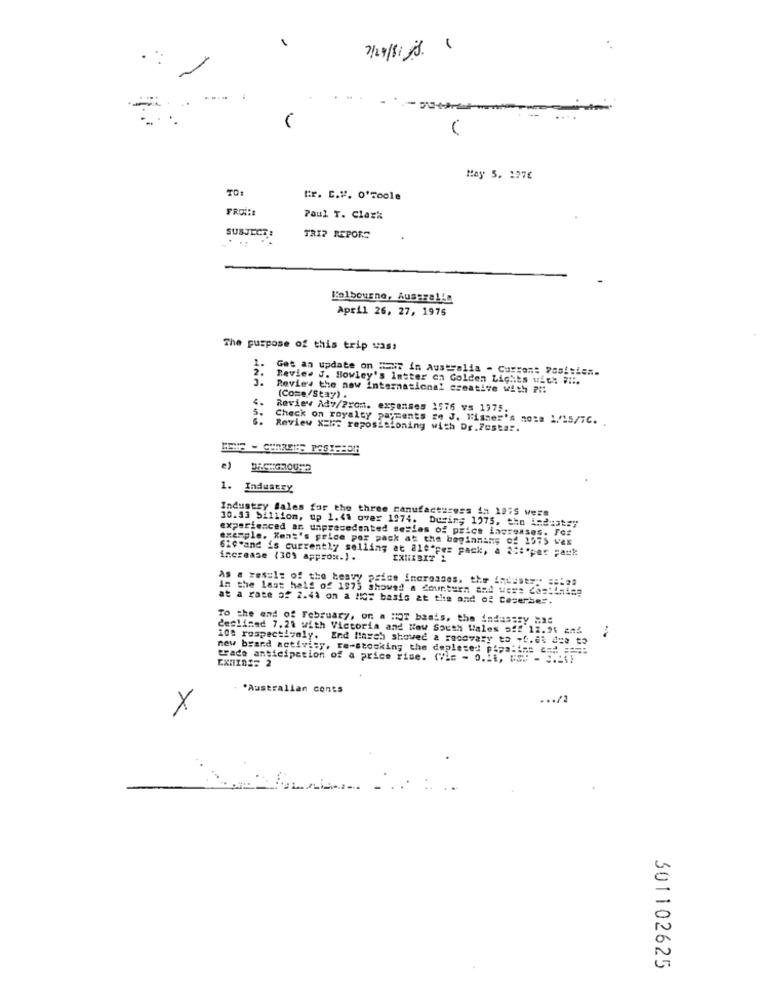
1
May 5. 1976
tr. C.V. O'coole
Paul T. Clark
SUBJECT:
TRI? REPORT
Folbourne, Ausera1-
April 26, 27, 1975
The purpose of this trip was:
Got an update on Mawr in Australia - Current Position.
Revie. J. Howley's Intter on Golden Lights with # !!.
Review the new international creative with ?!!
(Come/Stay) .
Review Ad7/Prom. expenses 1576 vs 1975.
Check on royalty payments to J. Fisner's nosa 1/15/7C.
Review XEIS repositioning with Dr.Zostar.
e)
1. Industry
Industry Sales for the three manufacturess 4; 1275 vers
30.33 billion, up 1.4. over 1974. During 1275, the industry
experienced an unprecedented series of prics increases. For
exemple. Kens's price por pack at the beginning of 1575 ves
620-and is currently selling at ale"pez pack, a 20:'per park
increase (30) approx.) .
EXHIBIT 2
As a result of the heavy psias incroages, the industry =
In the last half of 1975 showed a counturn and were des !! ning
at a rate of 2.41 on a Mo: basis at the and of Ceserbe".
To the end of February, or a HOT basis, the indusasy Hac
deslined 7.21 with Victoria and How South Wales off 12.24 aaf
100 respectively. End Masch showed & racovary to -5.65 due to
new brand activity, re-stocking the deplaces pipa.i == C =. == 75
trade ansteipetion of a price rise. (Vis - o.it, US !: - 3.2()
*Australian conts
... /2
X
301102625